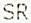
SR